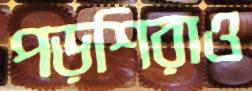
পড়শিরাও